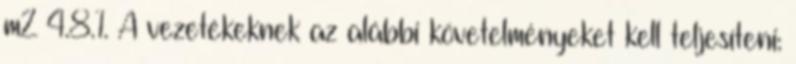
m2 4.8.1. A vezetékeknek az alábbi követelményeket kell teljesíteni: